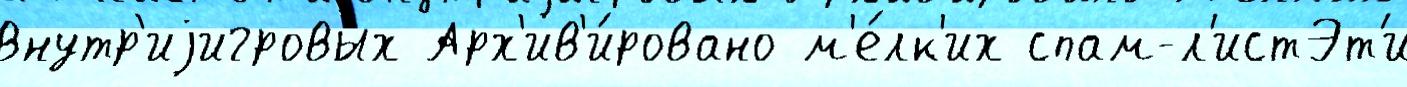
внутр'иjигровых Арх'ив'и́ровано м'е́лк'их спам-л'истЭт'и